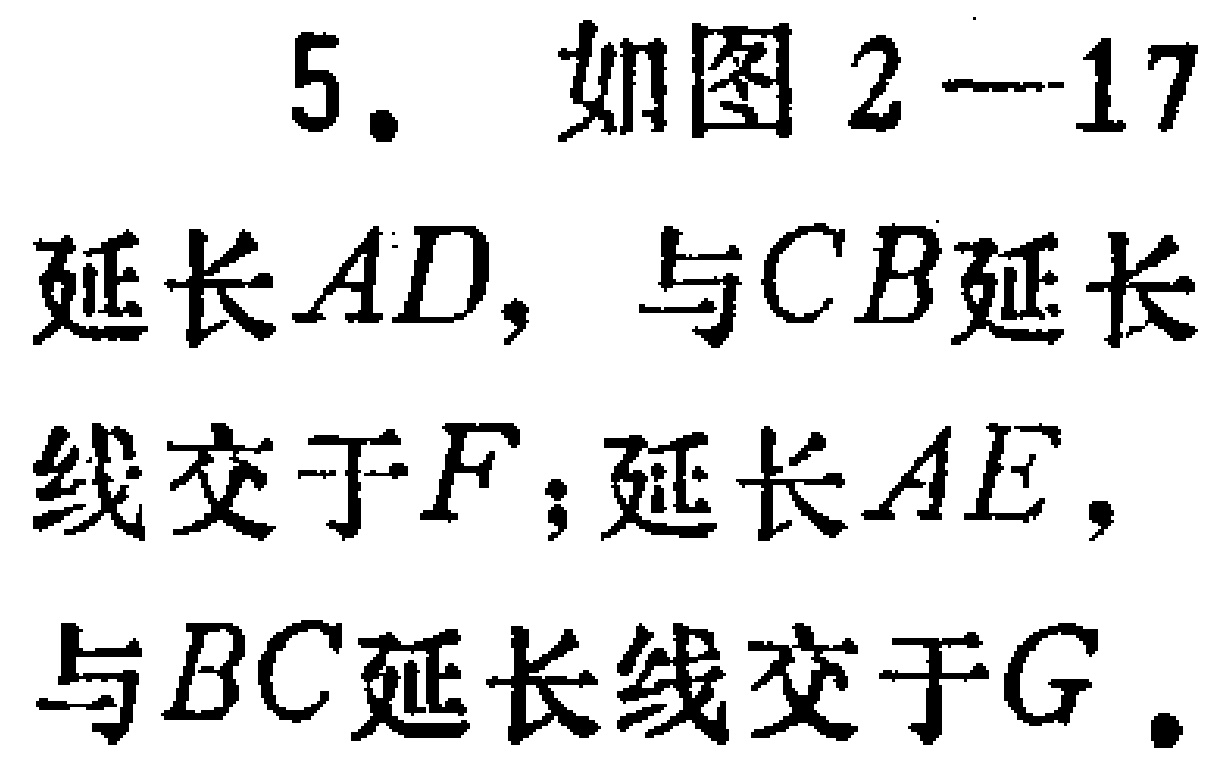
5. 如图2—17
延长\(AD\)，与\(CB\)延长
线交于\(F\)；延长\(AE\)，
与\(BC\)延长线交于\(G\)。